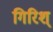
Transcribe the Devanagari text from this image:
गिरिश्